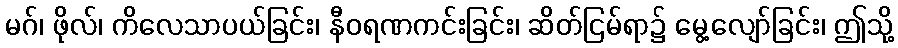
မဂ်၊ ဖိုလ်၊ ကိလေသာပယ်ခြင်း၊ နီဝရဏကင်းခြင်း၊ ဆိတ်ငြမ်ရာ၌ မွေ့လျော်ခြင်း၊ ဤသို့